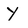
Character: Y